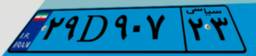
۲۹D۹۰۷۲۳